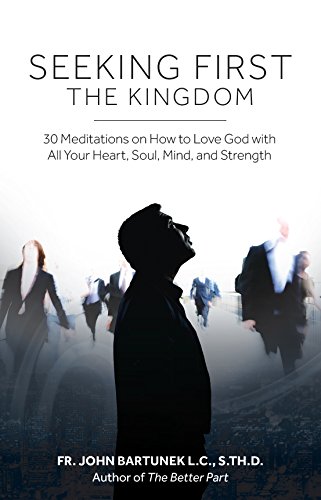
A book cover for Seeking First the Kingdom: 30 Meditations on How to Love God with All Your Heart, Soul, Mind, and Strength; John Bartunek; Christian Books & Bibles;